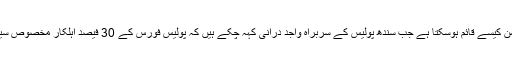
اُنھوں نے کہا کہ ایسے میں امن کیسے قائم ہوسکتا ہے جب سندھ پولیس کے سربراہ واجد درانی کہہ چکے ہیں کہ پولیس فورس کے 30 فیصد اہلکار مخصوص سیاسی جماعتوں کے ہمدرد ہیں۔